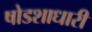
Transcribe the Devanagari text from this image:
षोडशाधारी